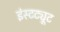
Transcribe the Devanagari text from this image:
इंस्‍टट्यूट